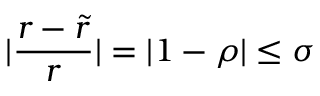
| \frac { r - \widetilde { r } } { r } | = | 1 - \rho | \leq \sigma